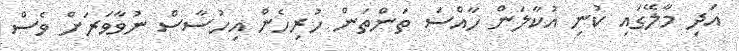
އަދި މާލޭގައި ކުނި އުކާލަން ހާއްސަ ތަންތަން ހުރިހެން އިހުސާސް ނުވާވަރަށް ވެސް